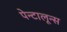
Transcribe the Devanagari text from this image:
पेन्टालून्स